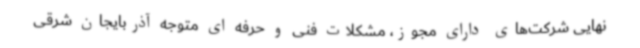
نهایی شرکت‌های دارای مجوز، مشکلات فنی و حرفه ای متوجه آذربایجان شرقی